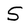
Character: S